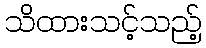
သိထားသင့်သည့်